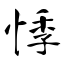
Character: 悸